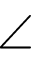
\angle